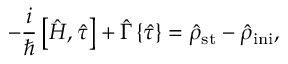
- \frac { i } { \hbar } \left[ { \hat { H } } , { \hat { \tau } } \right] + { \hat { \Gamma } } \left\{ { \hat { \tau } } \right\} = { \hat { \rho } } _ { \mathrm { s t } } - { \hat { \rho } } _ { \mathrm { i n i } } ,